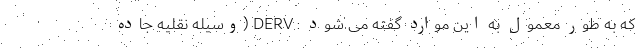
که به طور معمول به این موارد گفته می شود : DERV (وسیله نقلیه جاده